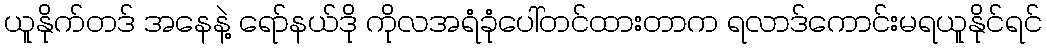
ယူနိုက်တဒ် အနေနဲ့ ရော်နယ်ဒို ကိုလအရံခုံပေါ်တင်ထားတာက ရလာဒ်ကောင်းမရယူနိုင်ရင်